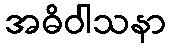
အဓိဝါသနာ